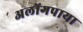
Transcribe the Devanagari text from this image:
अलोंगपाया